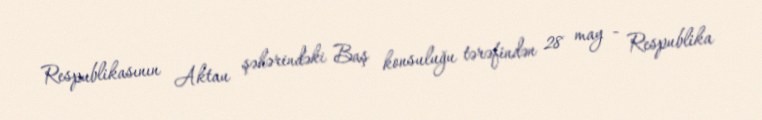
Respublikasının Aktau şəhərindəki Baş konsuluğu tərəfindən 28 may - Respublika